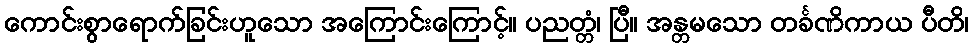
ကောင်းစွာရောက်ခြင်းဟူသော အကြောင်းကြောင့်။ ပညတ္တံ၊ ပြီ။ အန္တမသော တင်္ခဏိကာယ ပီတိ၊